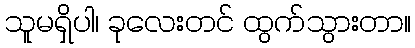
သူမရှိပါ၊ ခုလေးတင် ထွက်သွားတာ။